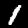
Digit: 1